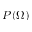
P ( \Omega )